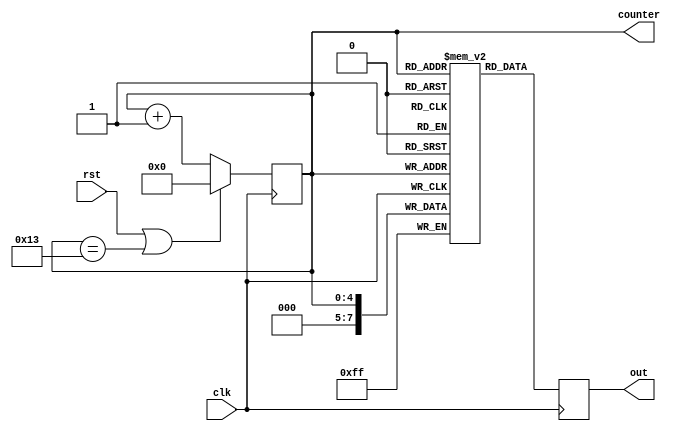
module uut (clk, rst, out, counter);

input clk, rst;
output reg [7:0] out;
output reg [4:0] counter;

reg [7:0] memory [0:19];

always @(posedge clk) begin
	counter <= rst || counter == 19 ? 0 : counter+1;
	memory[counter] <= counter;
	out <= memory[counter];
end

endmodule